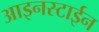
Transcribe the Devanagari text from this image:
आइनस्टाईन